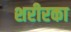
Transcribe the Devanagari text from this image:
शरीरका